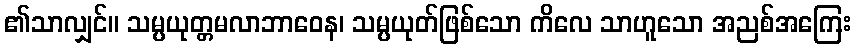
၏သာလျှင်။ သမ္ပယုတ္တမလာဘာဝေန၊ သမ္ပယုတ်ဖြစ်သော ကိလေ သာဟူသော အညစ်အကြေး